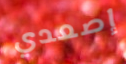
إصعدي